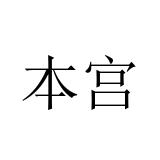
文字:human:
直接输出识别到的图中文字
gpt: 本宫